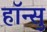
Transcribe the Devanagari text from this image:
हाॅन्सु